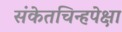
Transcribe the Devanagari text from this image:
संकेतचिन्हपेक्षा